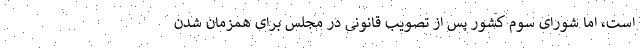
است، اما شورای سوم کشور پس از تصویب قانونی در مجلس برای همزمان شدن